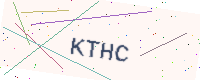
Text: KTHC